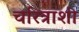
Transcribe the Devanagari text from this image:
चरित्राशी